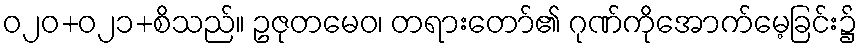
ဝ၂၀+၀၂၁+စိသည်။ ဥဇုတမေဝ၊ တရားတော်၏ ဂုဏ်ကိုအောက်မေ့ခြင်း၌